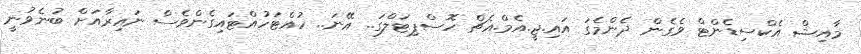
މާއިޝް އެކްސިޑެންޓް ވެގެން ދެންމެގަ އައި.ޖީ.އެމް.އެޗް ހޮސްޕިޓަލްގަ.. އޭނަ.. ހުއްޓަހުއްޓައިގެންވެސް ނައިރާއަށް ބުނެވުނީ